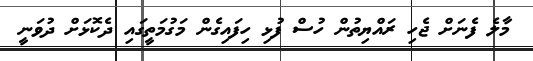
މާލެ ފެނަށް ޖެހި ރައްޔިތުން ހުސް ފުޅި ހިފައިގެން މަގުމަތީގައި ދެކޮޅަށް ދުވަނީ